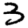
Digit: 3